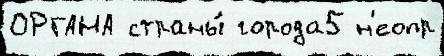
ОРГАНА страны́ города5 н'еопр